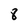
Character: 8